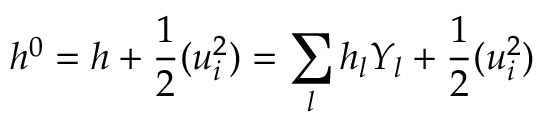
h ^ { 0 } = h + \frac { 1 } { 2 } ( u _ { i } ^ { 2 } ) = \sum _ { l } { h _ { l } { Y _ { l } } } + \frac { 1 } { 2 } ( u _ { i } ^ { 2 } )